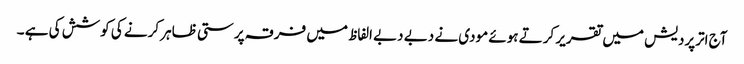
آج اترپردیش میں تقریر کرتے ہوئے مودی نے دبے دبے الفاظ میں فرقہ پرستی ظاہر کرنے کی کوشش کی ہے ۔